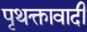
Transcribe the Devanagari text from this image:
पृथक्तावादी